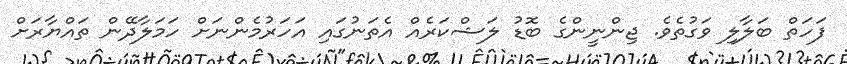
ފަހަތް ބަލާލި ވަގުތެވެ. ޖިންނީންގެ ބޮޑު ލަޝްކަރެއް އެތަނުގައި އަހަރުމެންނަށް ހަމަލާދޭން ތައްޔާރަށް